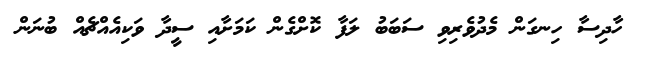
ހާދިސާ ހިނގަން މެދުވެރިވި ސަބަބު ލަފާ ކޮށްގެން ކަމަށާއި ސީދާ ވަކިއެއްޗެއް ބުނަން